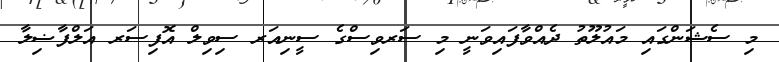
މި ސެޝަންގައި މައުލޫތު ދެއްވާފައިވަނީ މި ސަރވިސްގެ ސީނިއަރ ސިވިލް އޮފިސަރ އަލްފާޟިލާ